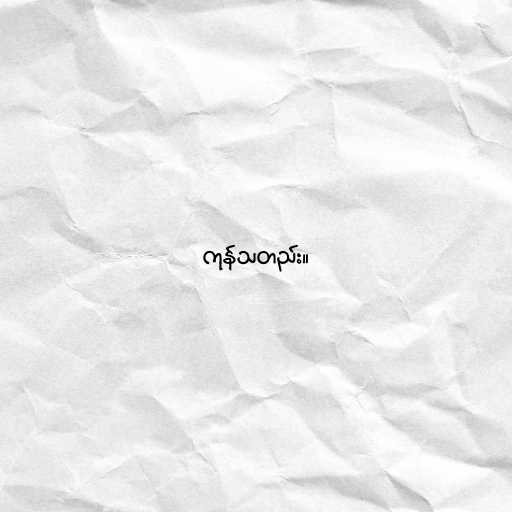
ကုန်သတည်း။